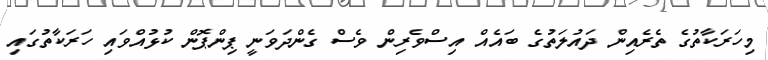
މިހަރަކާތުގެ ތެރެއިން ދައުލަތުގެ ބައެއް އިސްވެރިން ވެސް ގެންދަވަނީ ޕިންޕޮން ކުޅުއްވައި ހަރަކާތުގައި